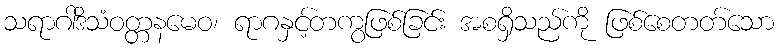
သရာဂါဒိသံဝတ္တနမေဝ၊ ရာဂနှင့်တကွဖြစ်ခြင်း အစရှိသည်ကို ဖြစ်စေတတ်သော